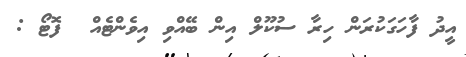
އީދު ފާހަގަކުރަން ހިރާ ސުކޫލް އިން ބޭއްވި އިވެންޓެއް  ފޮޓޯ :